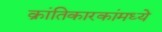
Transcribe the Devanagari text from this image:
क्रांतिकारकांमध्ये